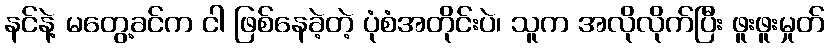
နင်နဲ့ မတွေ့ခင်က ငါ ဖြစ်နေခဲ့တဲ့ ပုံစံအတိုင်းပဲ၊ သူက အလိုလိုက်ပြီး ဖူးဖူးမှုတ်